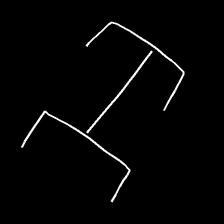
Glyph: entwine